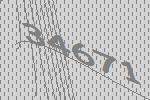
34671